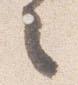
之